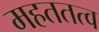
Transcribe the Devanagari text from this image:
महततत्व